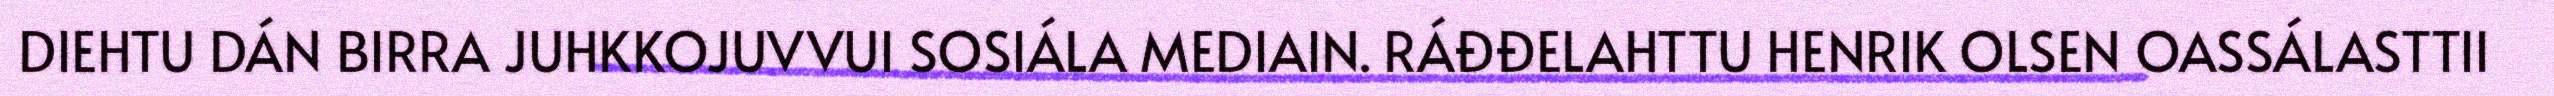
DIEHTU DÁN BIRRA JUHKKOJUVVUI SOSIÁLA MEDIAIN. RÁĐĐELAHTTU HENRIK OLSEN OASSÁLASTTII